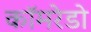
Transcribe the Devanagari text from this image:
कॉमरेडो